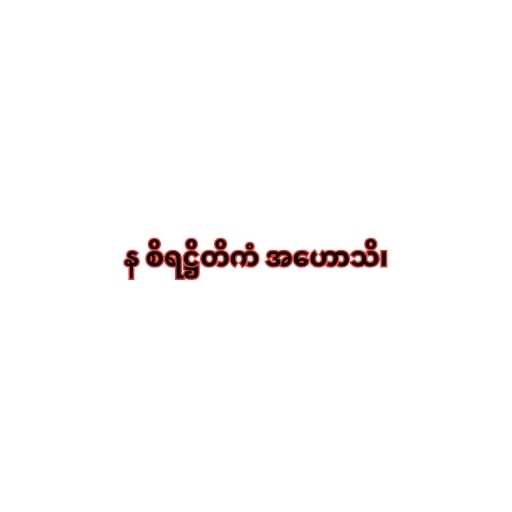
န စိရဋ္ဌိတိကံ အဟောသိ၊